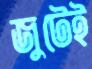
জুটেই